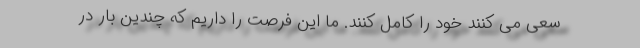
سعی می کنند خود را کامل کنند. ما این فرصت را داریم که چندین بار در